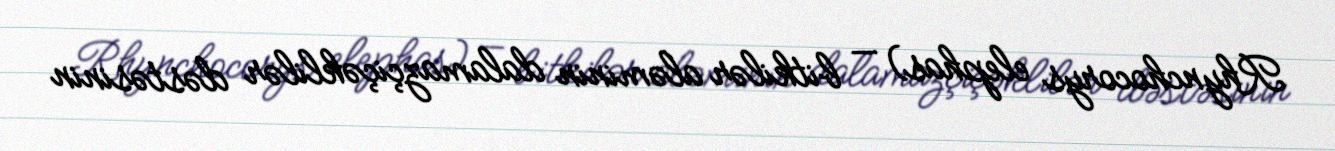
Rhynchocorys elephas) — bitkilər aləminin dalamazçiçəklilər dəstəsinin